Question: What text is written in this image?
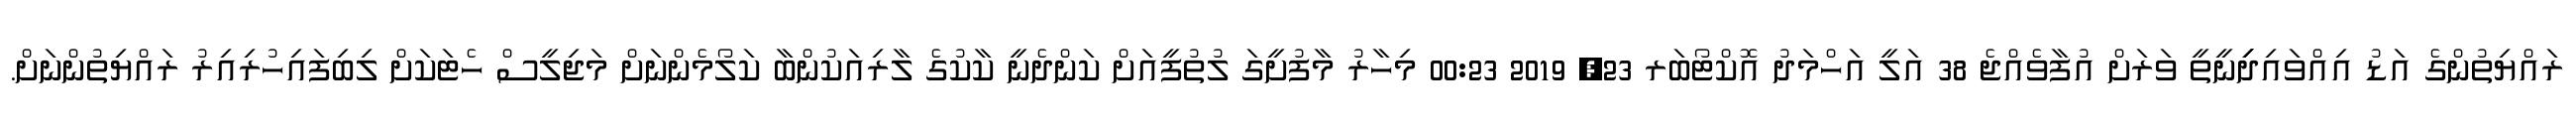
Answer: ރައްޔިތުންގެ އަޑު އިއްވައިދިިިނީތީ ވަރަށް އުފާވެއްޖެ 38 އަލީ އަހްމަދު އޮކްޓޯބަރ 23, 2019 00:23 މިހާރު މާފުށީގަ ލުތުފީއަށް ކަންދެނީ ކާކުގެ ލާރިއަކުންބާ ކަލޯމެންނަށް މަޖިލީސް ހެޓަކަށް ލިބިފައިހުރިއިރު ރައްޔިތުންނަށް.